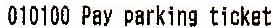
010100 PAY PARKING TICKET